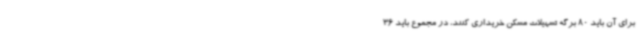
برای آن باید 80 برگه تسهیلات مسکن خریداری کنند، در مجموع باید 36